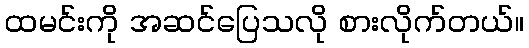
ထမင်းကို အဆင်ပြေသလို စားလိုက်တယ်။